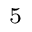
^ 5